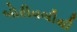
બોરીવલીથી